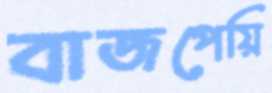
বাজপেয়ি